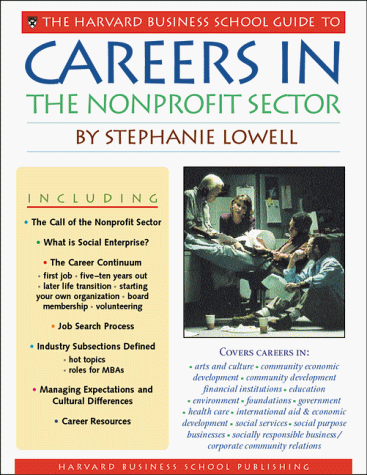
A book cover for The Harvard Business School Guide to Careers in the Nonprofit Sector (A Harvard Business School Career Guide); Stephanie Lowell; Business & Money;